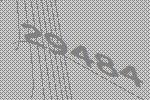
29484